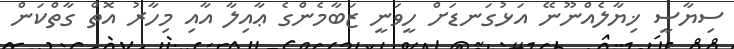
ސިޔާސީ ޚިޔާލެއްނޫނޭ އަޅުގަނޑަށް ހީވަނީ ޒަބާމެންގެ ޢާއިލާ އާއި މިހާރު އޮތް ގާތްކަން